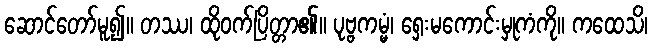
ဆောင်တော်မူ၍။ တဿ၊ ထိုဝက်ပြိတ္တာ၏။ ပုဗ္ဗကမ္မံ၊ ရှေးမကောင်းမှုကံကို။ ကထေသိ၊